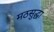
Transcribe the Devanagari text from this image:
मठसुद्धा